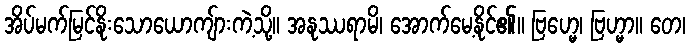
အိပ်မက်မြင်နိုးသောယောကျ်ားကဲ့သို့။ အနုဿရာမိ၊ အောက်မေ့နိုင်၏။ ဗြဟ္မေ၊ ဗြဟ္မာ။ တေ၊